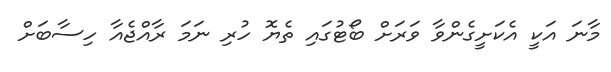
މާނަ އަކީ އެކަށީގެންވާ ވަރަށް ބޯޓުގައި ތެޔޮ ހުރި ނަމަ ރާއްޖެއާ ހިސާބަށް